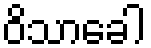
ဝိသာခေါ